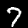
Digit: 7